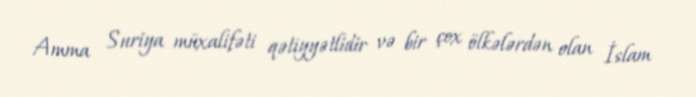
Amma Suriya müxalifəti qətiyyətlidir və bir çox ölkələrdən olan İslam